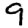
Digit: 9